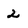
Character: 2